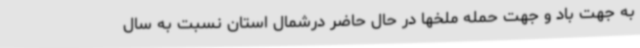
به جهت باد و جهت حمله ملخها در حال حاضر درشمال استان نسبت به سال